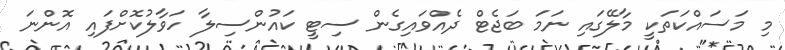
މި މަސައްކަތަކީ މާލޭގައި ނަމަ ބަޖެޓް ދެއްވައިގެން ސިޓީ ކައުންސިލާ ހަވާލުކޮށްފައި އޮންނަ